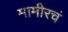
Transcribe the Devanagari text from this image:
मामीरचं